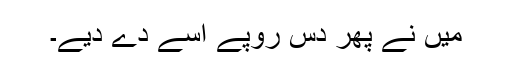
میں نے پھر دس روپے اسے دے دیے۔